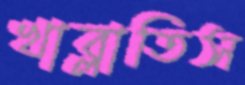
খাব্‌লাতিস